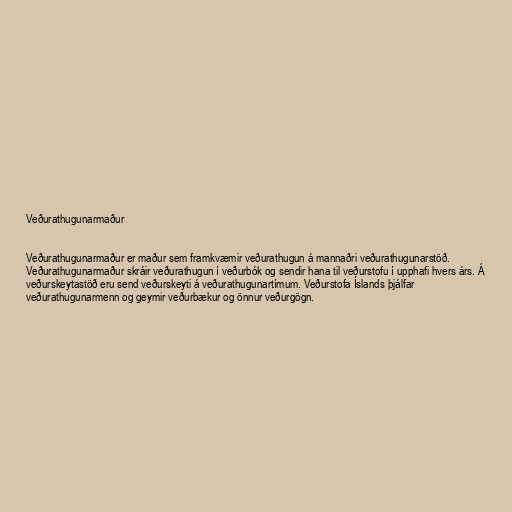
Veðurathugunarmaður

Veðurathugunarmaður er maður sem framkvæmir veðurathugun á mannaðri veðurathugunarstöð.
Veðurathugunarmaður skráir veðurathugun í veðurbók og sendir hana til veðurstofu í upphafi hvers árs. Á
veðurskeytastöð eru send veðurskeyti á veðurathugunartímum. Veðurstofa Íslands þjálfar
veðurathugunarmenn og geymir veðurbækur og önnur veðurgögn.